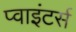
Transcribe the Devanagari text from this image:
प्वाइंटर्स